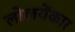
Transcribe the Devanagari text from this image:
लोलयेंकार